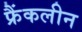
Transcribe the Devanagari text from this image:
फ्रैंकलीन